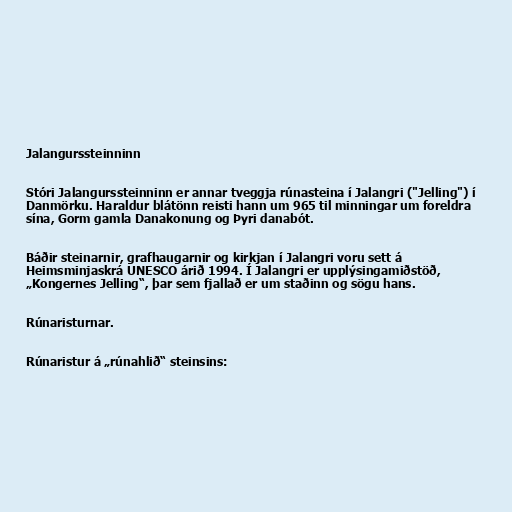
Jalangurssteinninn

Stóri Jalangurssteinninn er annar tveggja rúnasteina í Jalangri ("Jelling") í
Danmörku. Haraldur blátönn reisti hann um 965 til minningar um foreldra
sína, Gorm gamla Danakonung og Þyri danabót.

Báðir steinarnir, grafhaugarnir og kirkjan í Jalangri voru sett á
Heimsminjaskrá UNESCO árið 1994. Í Jalangri er upplýsingamiðstöð,
„Kongernes Jelling“, þar sem fjallað er um staðinn og sögu hans.

Rúnaristurnar.

Rúnaristur á „rúnahlið“ steinsins: